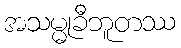
အသမ္မုခီဘူတဿ